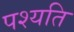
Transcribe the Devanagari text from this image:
पश्यति